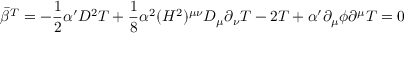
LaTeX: \bar { \beta } ^ { T } = - \frac { 1 } { 2 } \alpha ^ { \prime } D ^ { 2 } T + \frac { 1 } { 8 } \alpha ^ { 2 } ( H ^ { 2 } ) ^ { \mu \nu } D _ { \mu } \partial _ { \nu } T - 2 T + \alpha ^ { \prime } \partial _ { \mu } \phi \partial ^ { \mu } T = 0